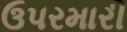
ઉપરમારી